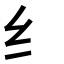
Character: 纟